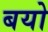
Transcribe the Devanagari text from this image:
बयो